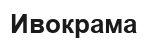
Ивокрама